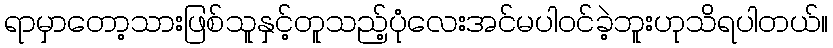
ရာမှာတော့သားဖြစ်သူနှင့်တူသည့်ပုံလေးအင်မပါဝင်ခဲ့ဘူးဟုသိရပါတယ်။